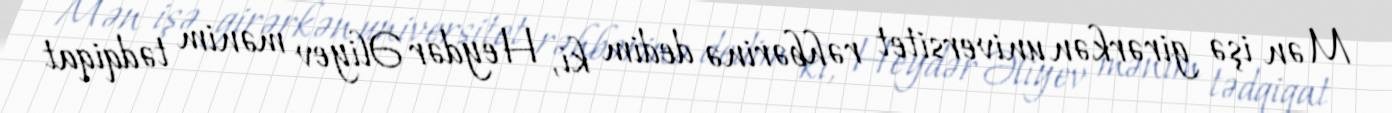
Mən işə girərkən universitet rəhbərinə dedim ki, Heydər Əliyev mənim tədqiqat